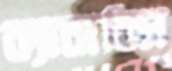
ক্যানাবিস